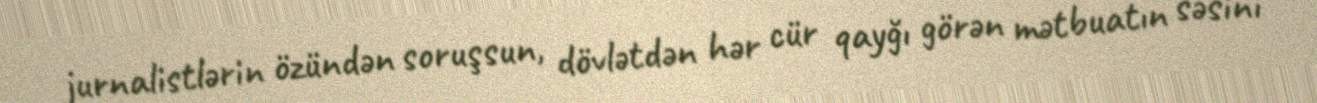
jurnalistlərin özündən soruşsun, dövlətdən hər cür qayğı görən mətbuatın səsini